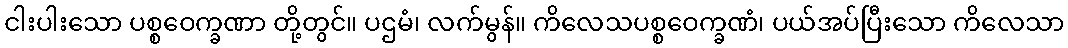
ငါးပါးသော ပစ္စဝေက္ခဏာ တို့တွင်။ ပဌမံ၊ လက်မွန်။ ကိလေသပစ္စဝေက္ခဏံ၊ ပယ်အပ်ပြီးသော ကိလေသာ